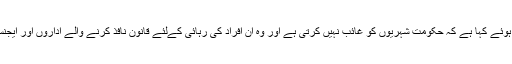
وفاقی وزیر داخلہ چودھری نثار نے سینیٹ میں اس معاملے پر بیان دیتے ہوئے کہا ہے کہ حکومت شہریوں کو غائب نہیں کرتی ہے اور وہ ان افراد کی رہائی کےلئے قانون نافذ کرنے والے اداروں اور ایجنسیوں سے رابطے میں ہیں تاکہ ان کے تعاون سے بازیابی ممکن ہو سکے۔